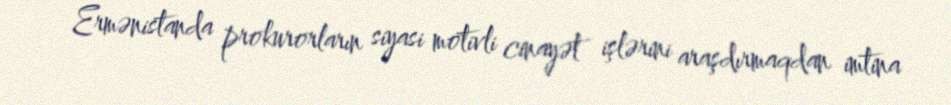
Ermənistanda prokurorların siyasi motivli cinayət işlərini araşdırmaqdan imtina